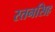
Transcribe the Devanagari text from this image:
रतनसिह